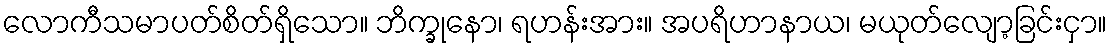
လောကီသမာပတ်စိတ်ရှိသော။ ဘိက္ခုနော၊ ရဟန်းအား။ အပရိဟာနာယ၊ မယုတ်လျော့ခြင်းငှာ။